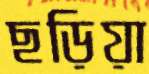
ছড়িয়া